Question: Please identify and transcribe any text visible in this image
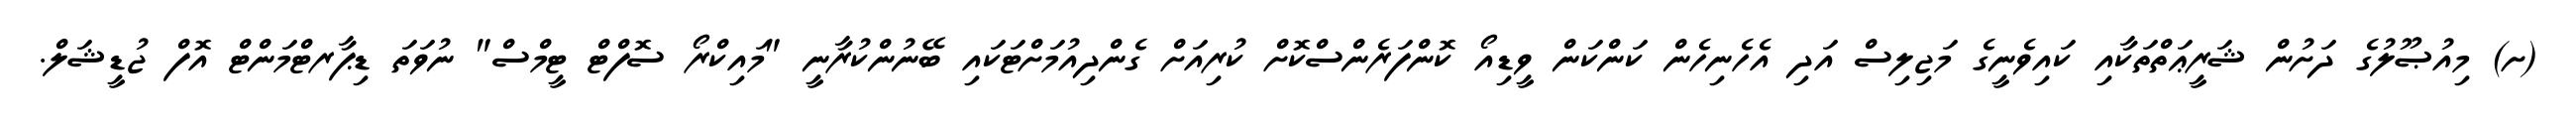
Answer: (ށ) މިއުޞޫލުގެ ދަށުން ޝަރީޢަތްތަކާއި ކައިވެނީގެ މަޖިލިސް އަދި އެހެނިހެން ކަންކަން ވީޑިއޯ ކޮންފަރެންސްކޮށް ކުރިއަށް ގެންދިއުމަށްޓަކައި ބޭނުންކުރާނީ "މައިކްރޯ ސޮފްޓް ޓީމްސް" ނުވަތަ ޑިޕާރޓްމަންޓް އޮފް ޖުޑީޝަލް.